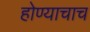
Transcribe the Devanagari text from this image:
होण्याचाच